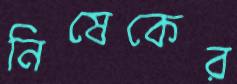
নিষেকের